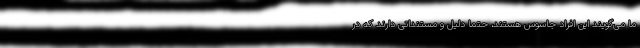
ما می‌گویند این افراد جاسوس هستند، حتما دلیل و مستنداتی دارند که در